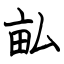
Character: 畆